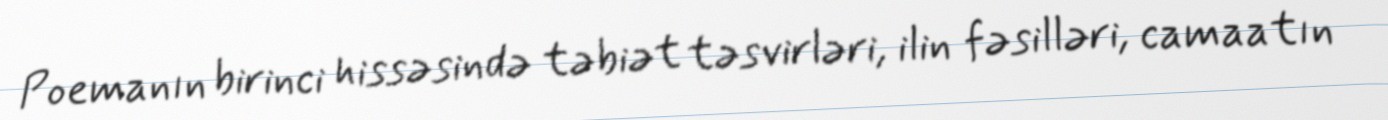
Poemanın birinci hissəsində təbiət təsvirləri, ilin fəsilləri, camaatın